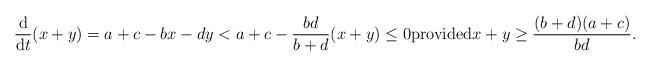
LaTeX: \begin{align*}\frac{\mathrm{d}}{\mathrm{d} t}(x+y) = a+c-bx-dy < a+c -\frac{bd}{b+d}(x+y) \leq 0 \mbox{provided} x+y \geq \frac{(b+d)(a+c)}{bd}.\end{align*}